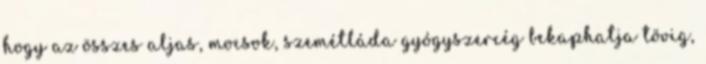
hogy az összes aljas, mocsok, szemétláda gyógyszercég bekaphatja tövig,